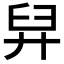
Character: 舁